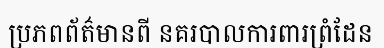
ប្រភពព័ត៌មានពី នគរបាលការពារព្រំដែន